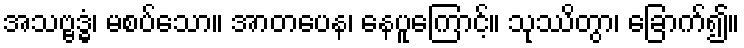
အသဗ္ဗဒ္ဓံ၊ မစပ်သော။ အာတပေန၊ နေပူကြောင့်။ သုဿိတွာ၊ ခြောက်၍။